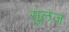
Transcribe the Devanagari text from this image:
सुलज